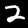
Label: 2